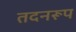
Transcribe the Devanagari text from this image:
तदनरूप